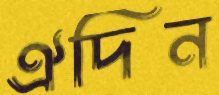
ঐদিন